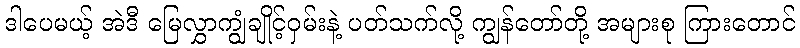
ဒါပေမယ့် အဲဒီ မြေလွှာကျွံချိုင့်ဝှမ်းနဲ့ ပတ်သက်လို့ ကျွန်တော်တို့ အများစု ကြားတောင်